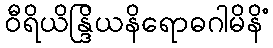
ဝီရိယိန္ဒြိယနိရောဓဂါမိနိံ